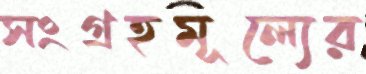
সংগ্রহমূল্যের